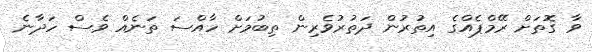
ވާ ގޮތަށް ރޭމްޕެއްގެ އިތުރުން ދަތުރުވެރިން ތިބުމަށް ހާއްސަ ތަނެއް ވެސް ހަދާނެ